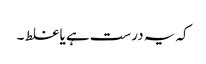
کہ یہ درست ہے یا غلط ۔